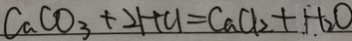
C a C O _ { 3 } + 2 H C l = C a C l _ { 2 } + H _ { 2 } O